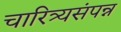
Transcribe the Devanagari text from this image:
चारित्र्यसंपन्न